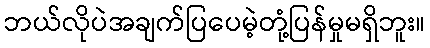
ဘယ်လိုပဲအချက်ပြပေမဲ့တုံ့ပြန်မှုမရှိဘူး။